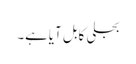
بجلی کابل آیاہے۔